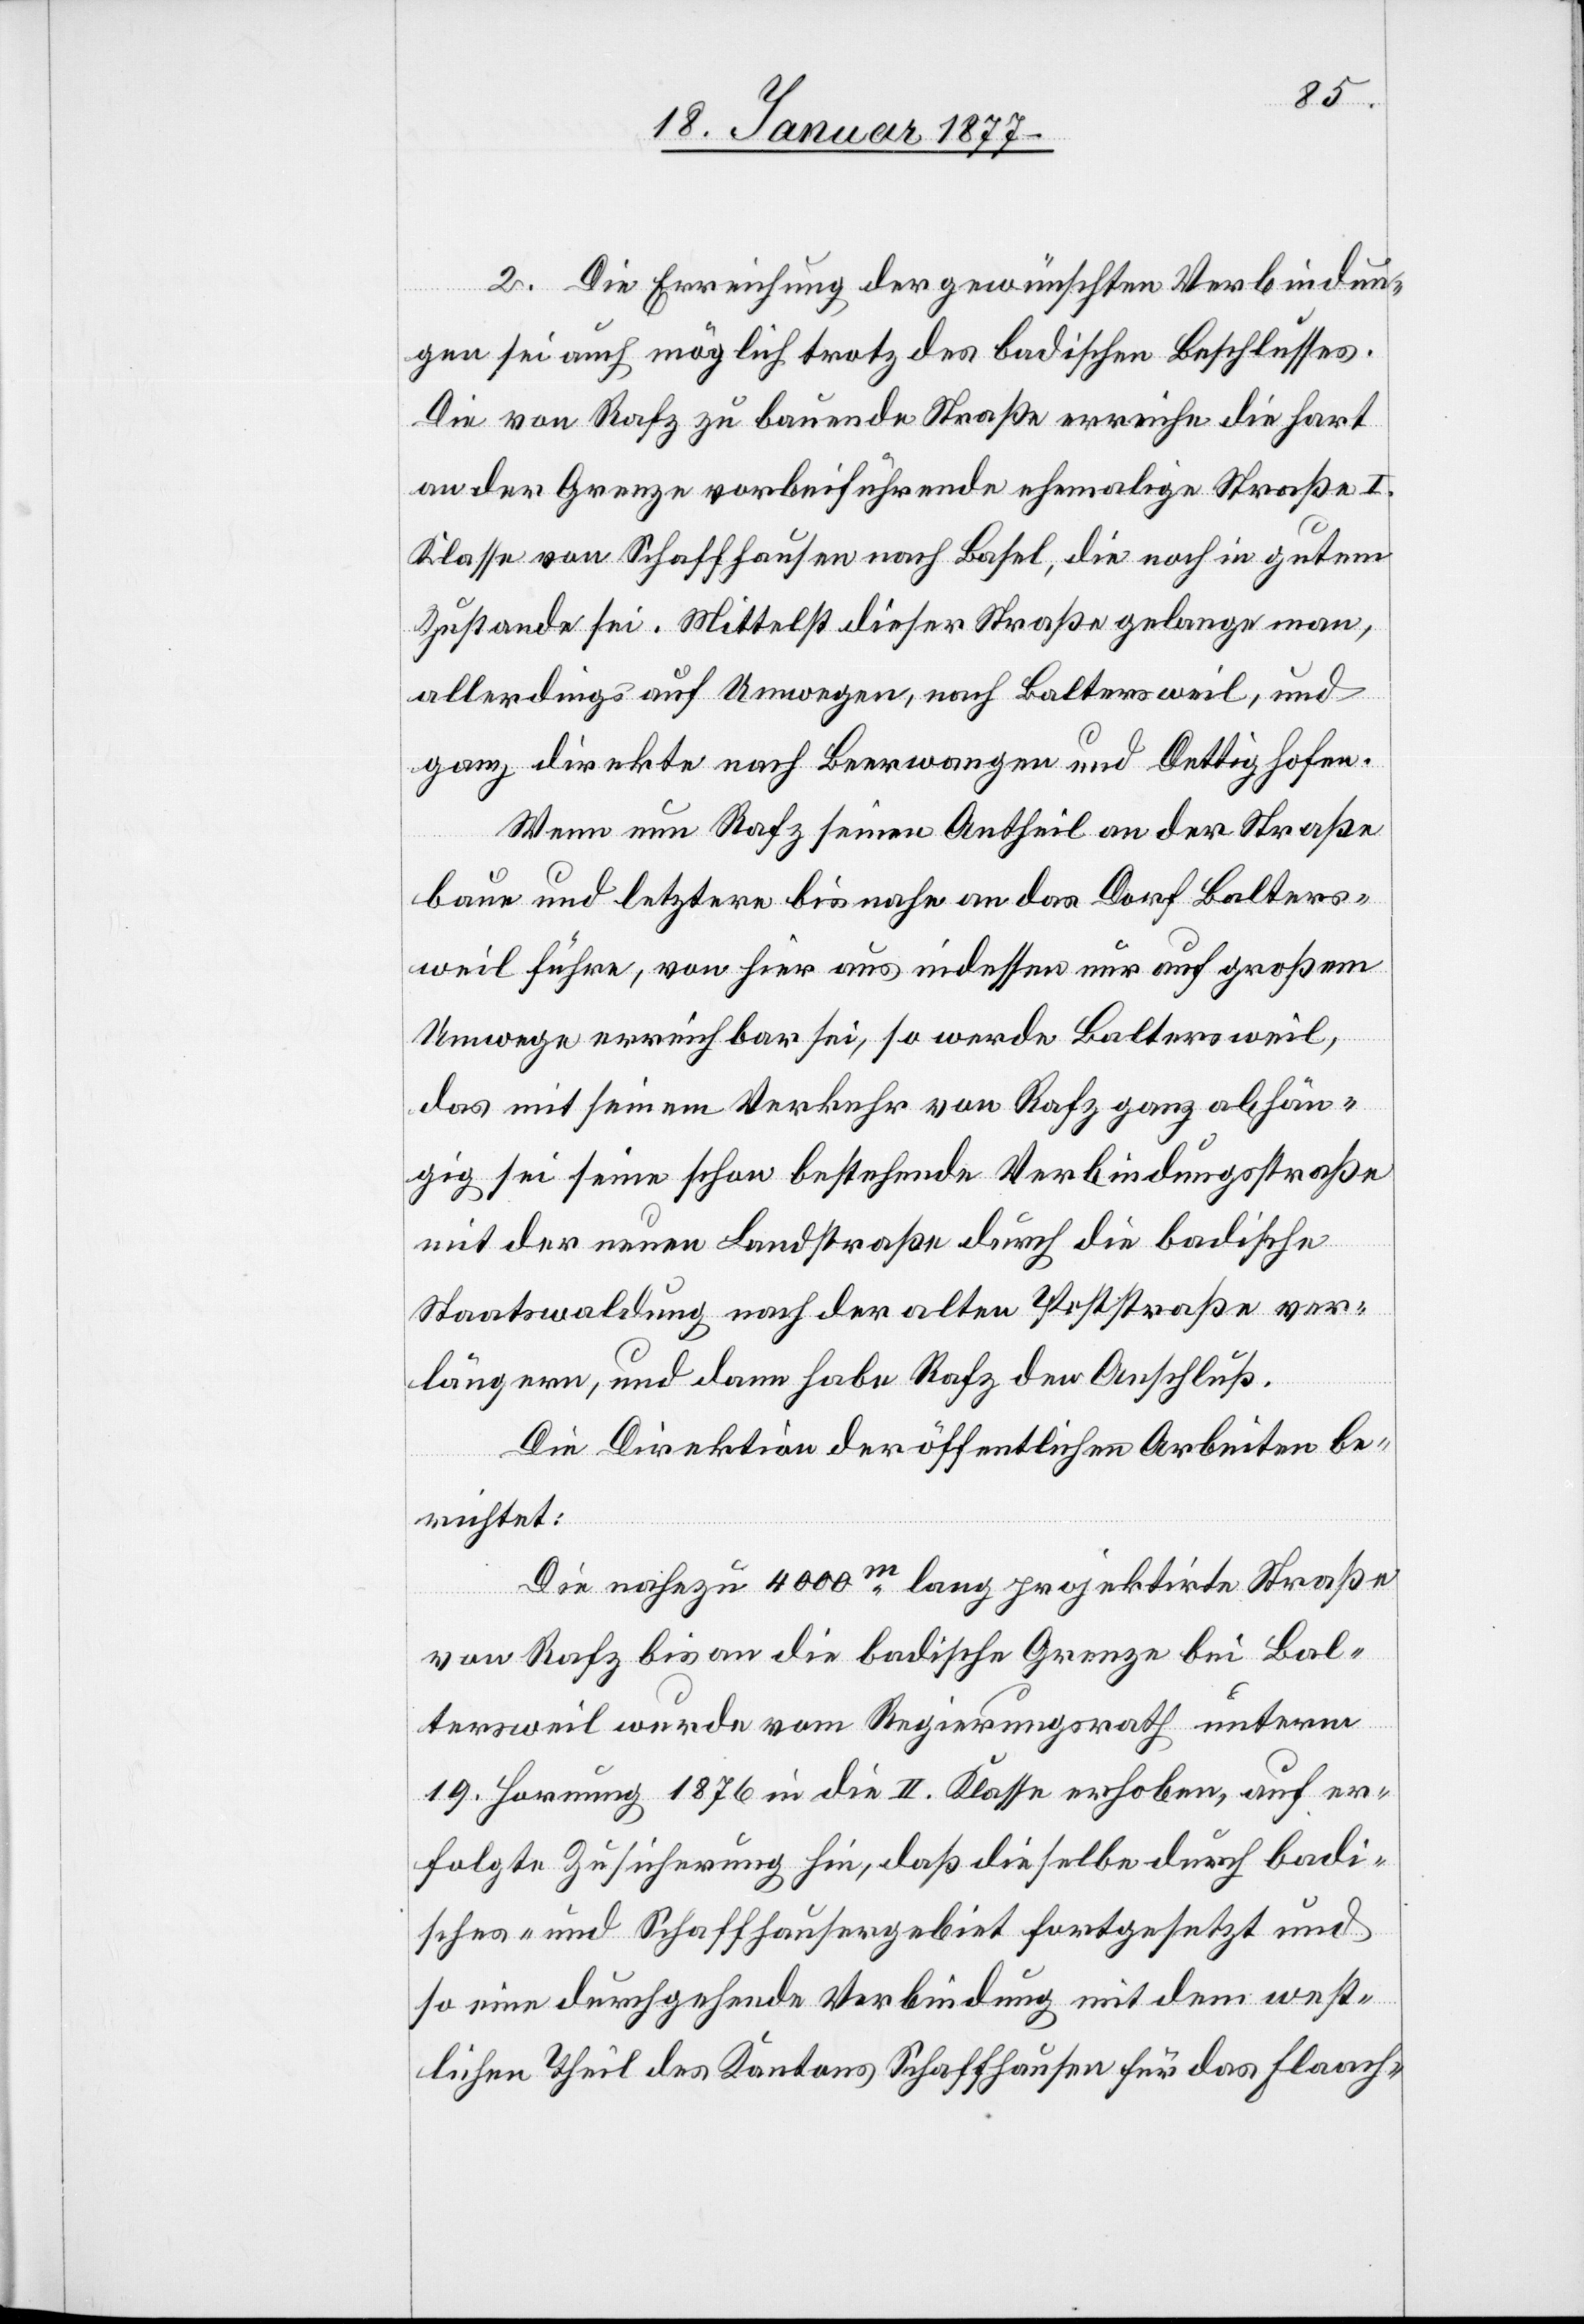
2. Die Errichtung der gewünschten Verbindun¬
gen sei auch möglich trotz des badischen Beschlusses.
Die von Rafz zu bauende Straße erreiche die hart
an der Grenze vorbeiführende ehemalige Straße I.
Klasse von Schaffhausen nach Basel, die noch in gutem
Zustande sei. Mittelst dieser Straße gelange man,
allerdings auf Umwegen, nach Baltersweil, und
ganz direkte nach Beerwangen und Dettighofen.
Wenn nun Rafz seinen Antheil an der Straße
baue und letztere bis nahe an das Dorf Balters¬
weil führe, von hier aus indessen nur auf großem
Umwege erreichbar sei, so werde Baltersweil,
das mit seinem Verkehr von Rafz ganz abhän¬
gig sei seine schon bestehende Verbindungsstraße
mit der neuen Landstraße durch die badische
Staatswaldung nach der alten Poststraße ver¬
längern, und dann habe Rafz den Anschluß.
Die Direktion der öffentlichen Arbeiten be¬
richtet:
Die nahezu 4000m lange projektirte Straße
von Rafz bis an die badische Grenze bei Bal¬
tersweil wurde vom Regierungsrath unterm
19. Hornung 1876 in die II. Klasse erhoben, auf er¬
folgte Zusicherung hin, daß dieselbe durch badi¬
sches- und Schaffhausergebiet fortgesetzt und
so eine durchgehende Verbindung mit dem west¬
lichen Theil des Kantons Schaffhausen für das Flaach-